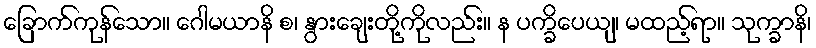
ခြောက်ကုန်သော။ ဂေါမယာနိ စ၊ နွားချေးတို့ကိုလည်း။ န ပက္ခိပေယျ၊ မထည့်ရာ။ သုက္ခာနိ၊